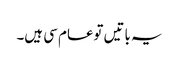
یہ باتیں توعام سی ہیں۔